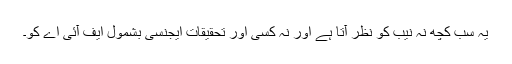
یہ سب کچھ نہ نیب کو نظر آتا ہے اور نہ کسی اور تحقیقات ایجنسی بشمول ایف آئی اے کو۔